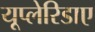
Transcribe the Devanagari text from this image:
यूप्लेरिडाए